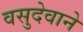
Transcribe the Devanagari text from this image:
वसुदेवाने